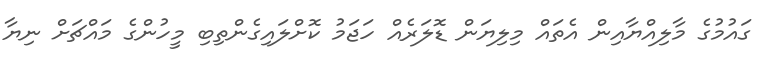
ގައުމުގެ މާލިއްޔާއިން އެތައް މިލިޔަން ޑޮލަރެއް ހަޖަމު ކޮށްލައިގެންތިބި މީހުންގެ މައްޗަށް ނިޔާ